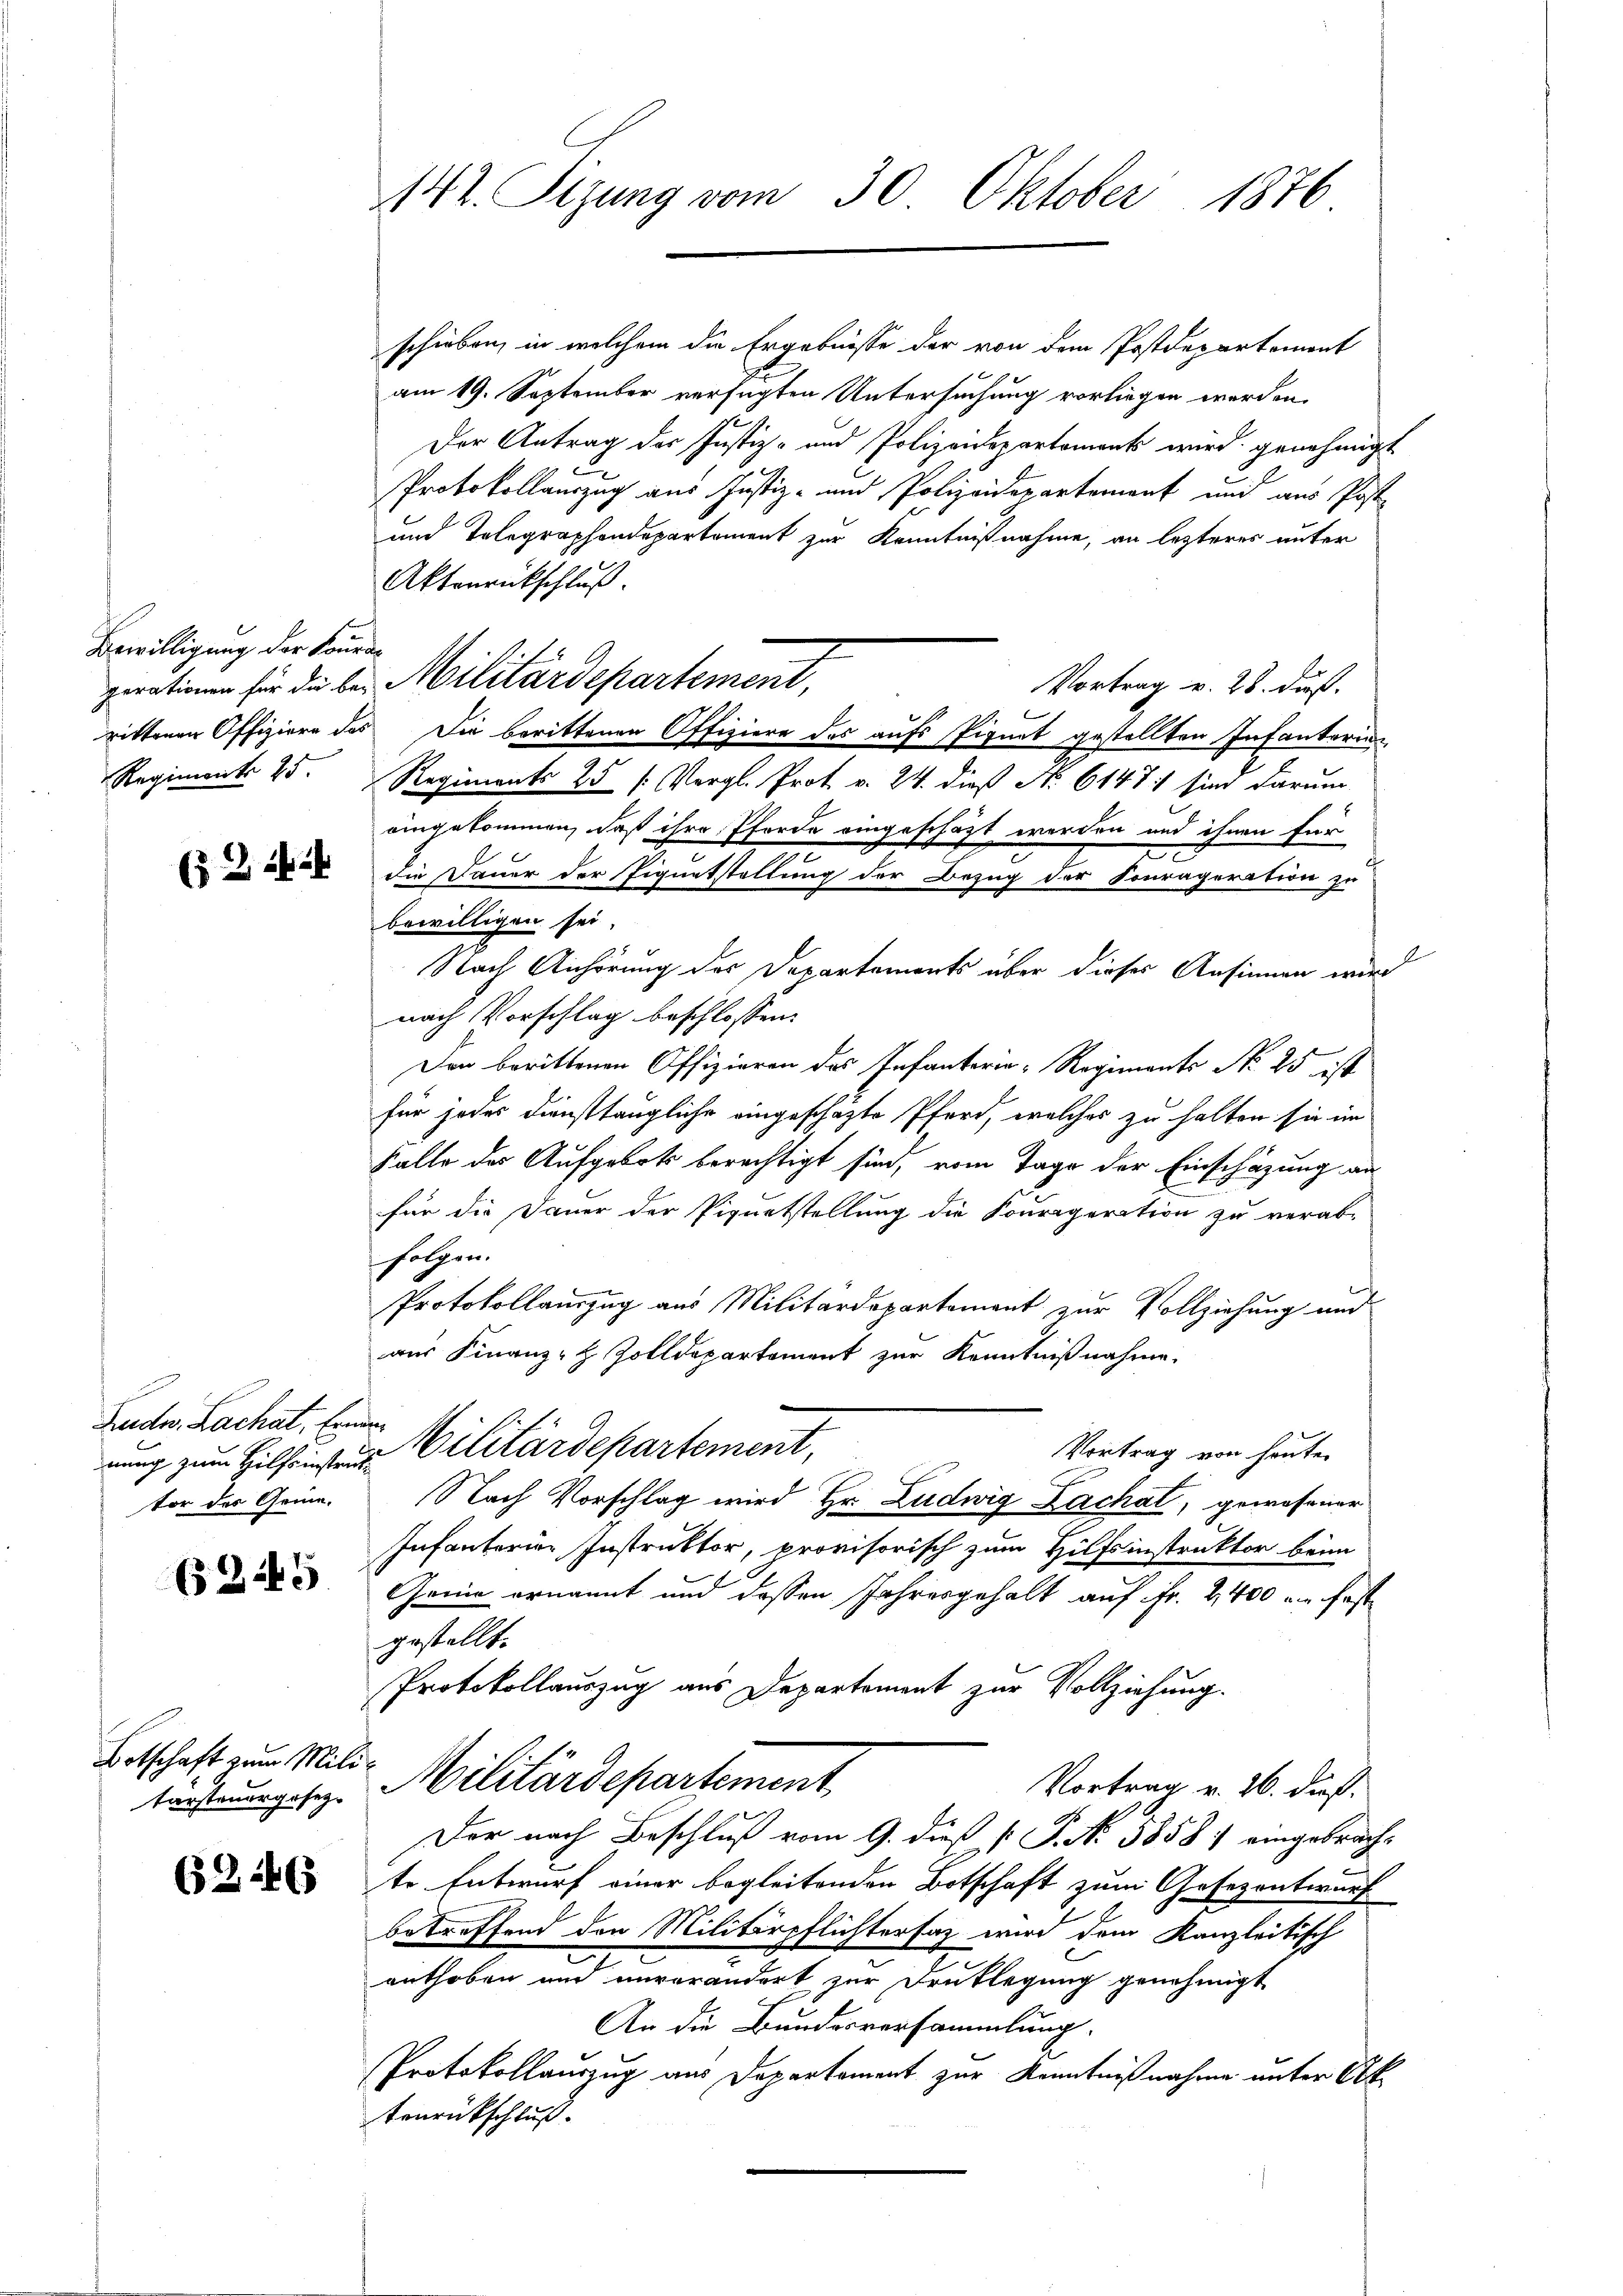
Bewilligung der Konra
Regiment. 25.

( 2 f 24

Fudw. Lachat, Erne
tor der Geme

35

Botschaft zum Militarsteuergesez¬

62:46

142. Sizung vom 30. Oktober 1876

schieben, in welchem die Ergebnisse der von dem Postdepartement
am 19. September versagten Untersuchung vorliegen werden.
Der Antrag der Justiz- und Polizendepartements wird genehmigt
Protokollauszug aus Justiz- und Polizeidepartement und aus Post
und Telegraphendepartement zur Kenntnißnahme, an lezteres unter
Aktenrückschluß.
Vortrag v. 28. dieß.
rittenen Offiziere des Die berittenen Offiziere des aufs Pignat gestellten Infanterin
Regiments 25 (Vergl. Prot v. 24. dieß No 6147 sind darum
eingekommen, daß ihre Pferde eingeschäft worden und ihnen für
die Dauer der Eigentstellung der Bezug der Sourageration zu
bewilligen sei.
Nach Anhörung des Departements über dieses Ansinnen wird
nach Vorschlag beschlossen:
Den berittenen Offizieren des Infanterie-Regiments No 25 ist
für jedes Diensttaugliche eingeschafte Pferd, welches zu halten sie im
Kalle des Aufgebots berechtigt sind, vom Tage der Einschazung an
für die Dauer der Pipurtstellung die Souriparation zu verab-
folgen.
Protokollauszug aus Militärdepartement zur Vollziehung und
aus Finanz-H Zolldepartement zur Kenntnißnahme.
Vortrag von heute.
nung zum Hilfsweis Militärdepartement,
Nach Vorschlag wird Hr. Ludwig Zachat, gewesener
Infanterier Instruktor, provisorisch zum Hilfsinstruktor beim
Gremie ernannt und dessen Jahresgehalt auf Fr. 2400 u. fest
gestellt.
Protokollauszug aus Departement zur Vollziehung.
Militärdepartement
Vortrag v. 26. dieß.
Der nach Beschluß vom 9. dieß P. P. No 5858) eingebrachte Entwurf einer begleitenden Botschaft zum Gesezentwurf
betreffend den Militärpflichtersaz wird dem Kanzleitisch
enthoben und unverändert zur Druklegung genehmigt
An die Bundesversammlung.
Protokollauszug aus Departament zur Kenntnißnahme unter Alt
tenrückschluß.

perationen für die bei Militärdepartement,